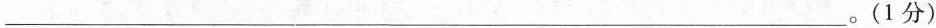
___。(1分)